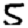
Digit: 5